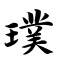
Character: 璞